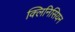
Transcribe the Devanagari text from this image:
क्लिनिसियन